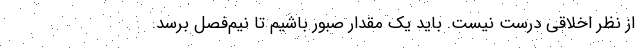
از نظر اخلاقی درست نیست. باید یک مقدار صبور باشیم تا نیم‌فصل برسد.